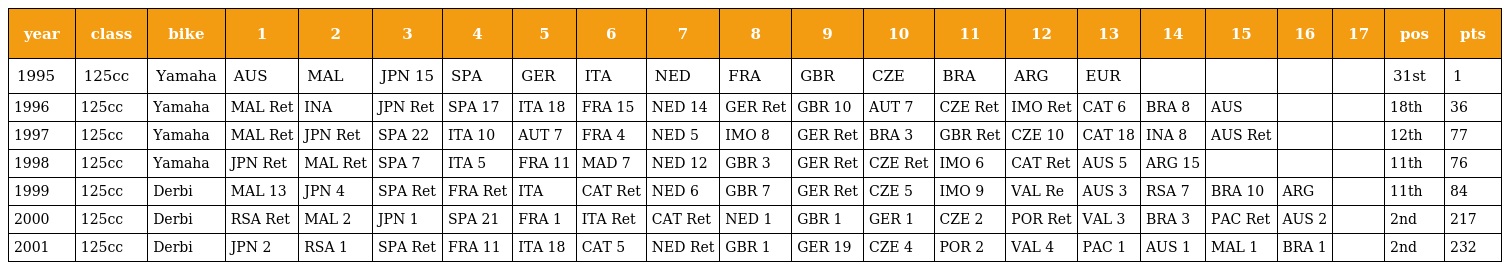
| year | class | bike | 1 | 2 | 3 | 4 | 5 | 6 | 7 | 8 | 9 | 10 | 11 | 12 | 13 | 14 | 15 | 16 | 17 | pos | pts |
 | --- | --- | --- | --- | --- | --- | --- | --- | --- | --- | --- | --- | --- | --- | --- | --- | --- | --- | --- | --- | --- | --- |
 | 1995 | 125cc | Yamaha | AUS | MAL | JPN 15 | SPA | GER | ITA | NED | FRA | GBR | CZE | BRA | ARG | EUR |  |  |  |  | 31st | 1 |
 | 1996 | 125cc | Yamaha | MAL Ret | INA | JPN Ret | SPA 17 | ITA 18 | FRA 15 | NED 14 | GER Ret | GBR 10 | AUT 7 | CZE Ret | IMO Ret | CAT 6 | BRA 8 | AUS |  |  | 18th | 36 |
 | 1997 | 125cc | Yamaha | MAL Ret | JPN Ret | SPA 22 | ITA 10 | AUT 7 | FRA 4 | NED 5 | IMO 8 | GER Ret | BRA 3 | GBR Ret | CZE 10 | CAT 18 | INA 8 | AUS Ret |  |  | 12th | 77 |
 | 1998 | 125cc | Yamaha | JPN Ret | MAL Ret | SPA 7 | ITA 5 | FRA 11 | MAD 7 | NED 12 | GBR 3 | GER Ret | CZE Ret | IMO 6 | CAT Ret | AUS 5 | ARG 15 |  |  |  | 11th | 76 |
 | 1999 | 125cc | Derbi | MAL 13 | JPN 4 | SPA Ret | FRA Ret | ITA | CAT Ret | NED 6 | GBR 7 | GER Ret | CZE 5 | IMO 9 | VAL Re | AUS 3 | RSA 7 | BRA 10 | ARG |  | 11th | 84 |
 | 2000 | 125cc | Derbi | RSA Ret | MAL 2 | JPN 1 | SPA 21 | FRA 1 | ITA Ret | CAT Ret | NED 1 | GBR 1 | GER 1 | CZE 2 | POR Ret | VAL 3 | BRA 3 | PAC Ret | AUS 2 |  | 2nd | 217 |
 | 2001 | 125cc | Derbi | JPN 2 | RSA 1 | SPA Ret | FRA 11 | ITA 18 | CAT 5 | NED Ret | GBR 1 | GER 19 | CZE 4 | POR 2 | VAL 4 | PAC 1 | AUS 1 | MAL 1 | BRA 1 |  | 2nd | 232 |